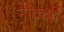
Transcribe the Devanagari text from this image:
नौकर्षी